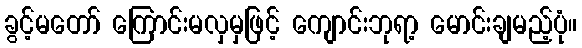
ခွင့်မတော် ကြောင်းမလှမှဖြင့် ကျောင်းဘုရာ့ မောင်းချမည့်ပုံ။